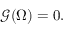
{ \mathcal { G } } ( \Omega ) = 0 .